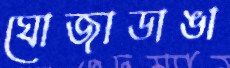
ঘোজাডাঙা